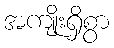
အကျိုးရှိစွာ